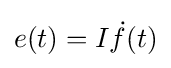
e(t)=I{\dot {f}}(t)